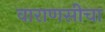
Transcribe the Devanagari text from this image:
वाराणसीचा